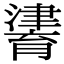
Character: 𤀷